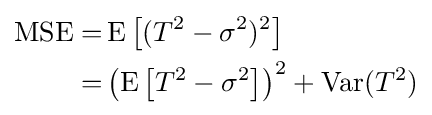
{\begin{aligned}\operatorname {MSE} =&\operatorname {E} \left[(T^{2}-\sigma ^{2})^{2}\right]\\=&\left(\operatorname {E} \left[T^{2}-\sigma ^{2}\right]\right)^{2}+\operatorname {Var} (T^{2})\end{aligned}}